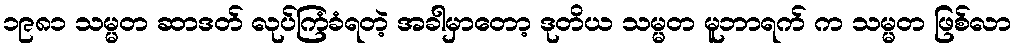
၁၉၈၁ သမ္မတ ဆာဒတ် လုပ်ကြံခံရတဲ့ အခါမှာတော့ ဒုတိယ သမ္မတ မူဘာရက် က သမ္မတ ဖြစ်လာ